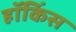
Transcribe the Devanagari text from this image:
हॉकिंस